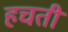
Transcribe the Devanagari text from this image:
हचती